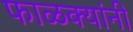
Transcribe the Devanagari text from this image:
फाळक्यांनी